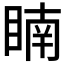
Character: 𥈶